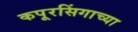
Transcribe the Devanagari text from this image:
कपूरसिंगाच्या